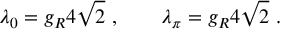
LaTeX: \lambda _ { 0 } = g _ { R } 4 \sqrt { 2 } \ , \qquad \lambda _ { \pi } = g _ { R } 4 \sqrt { 2 } \ .